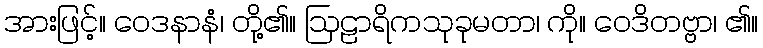
အားဖြင့်။ ဝေဒနာနံ၊ တို့၏။ ဩဠာရိကသုခုမတာ၊ ကို။ ဝေဒိတဗ္ဗာ၊ ၏။